Vital statistics of India. Vol. IV, Annual returns from 1871 to 1876. British Army of India, Native Army and jails of Bengal
Year: 1871
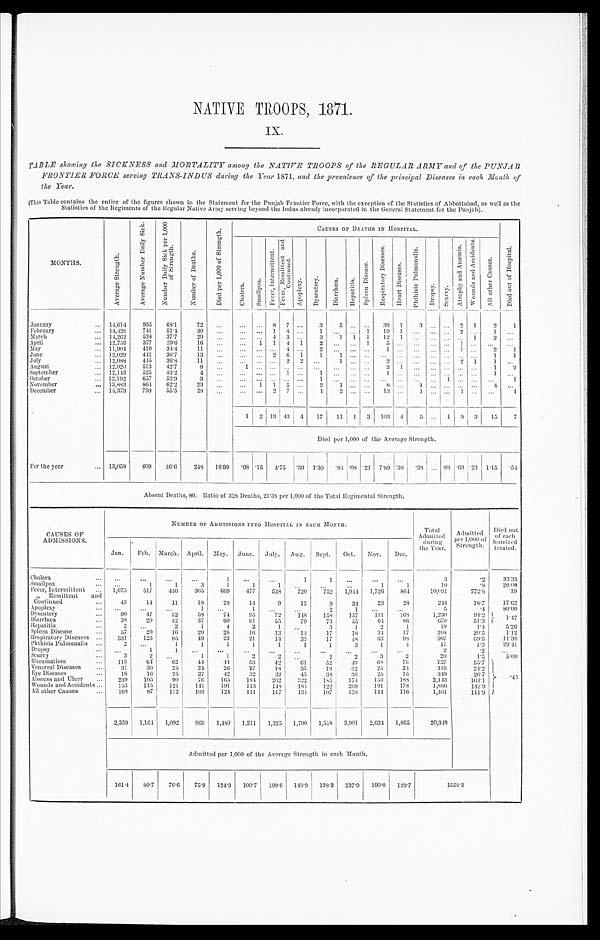
NATIVE TROOPS, 1871.
IX.
TABLE showing the SICKNESS and MORTALITY among the NATIVE TROOPS of the REGULAR ARMY and of the PUNJAB
FRONTIER FORCE serving TRANS-INDUS during the Year 1871, and the prevalence of the principal Diseases in each Month of
t he Year.
(This Table contains the entire of the figures shown in the Statement for the Punjab Frontier Force, with the exception of the Statistics of Abbottahad, as well as the
Statistics of the Regiments of the Regular Native Army serving beyond the Indus already incorporated in the General Statement for the Punjab).
MONTHS.
A v e r a g e S t r e n g t h .
A v e r a g e N u m b e r D a i l y S i c k .
N u m b e r D a i l y S i c k p e r 1 , 0 0 0 o f S t r e n g t h .
N u m b e r o f D e a t h s .
D i e d p e r 1 , 0 0 0 o f S t r e n g t h .
C A U S E S O F D E A T H S I N H O S P I T A L .
D i e d o u t o f H o s p i t a l .
C h o l e r a .
S m a l l p o x .
F e v e r , I n t e r m i t t e n t .
F e v e r , R e m i t t e n t a n d C o n t i n u e d .
A p o p l e x y .
D y s e n t e r y .
D i a r r h œ a . H e p a t i t i s .
S p l e e n D i s e a s e .
R e s p i r a t o r y D i s e a s e s . He a r t Di s e a s e s . P h t h i s i s P u l m o n a l i s .
D r o p s y . S c u r v y .
A t r o p h y a n d A n æ m i a . W o u n d s a n d A c c i d e n t s .
A l l o t h e r C a u s e s .
January
14, 614
995
68. 1
72
. . .
. . .
. . . 8 7
. . . 3 5 ... ... 39 1 3
. . . . . . 2 1 2 1
February
14, 426
741 51.4
30 ...
. . . ... 1 4 ... 1 . . . ... 1 19 1 ... . . . . . . 2 ...
1
. . .
March
14, 262
533 37.7
29
. . .
. . .
. . . 4 3
. . . 3 1 1 1 12 1 ... . . . . . . . . . 1
2
. . .
April
12,759 377 29.6
16
. . . . . . 1 1 4 1
2
. . .
... 1 5 ... ... . . . . . . 1 . . .
. . . . . .
May
11,904
410 34.4
11
. . . . . .
. . . . . . 4 . . .
2
. . .
... . . . 1 ... ... ... . . . 1 . . . 2 1
June
12,029 441 36.7
13 ... ...
. . . 2 6 1 1
1 ... . . .
. . . ... ... . . . . . . . . . . . . 1
1
July
12,088 445 36.8
11
. . . ... ... ... 2 2 ...
1 ... . . . 2 ... ...
. . . . . . 2 1
1
. . .
August
12,020 513 42.7
8 . . . 1 . . . . . . . . . . . . . . . ... . . . ... 3 1 . . .
. . . . . . . . . . . . 1 2
September
12, 143
525
43. 2
4
. . . ...
. . . ...
1 . . . 1 ... ... . . . 1 . . . ... . . . . . . . . . . . .
1
. . .
October
12,192 657 53.9
3
. . . . . . ... ... ... ... 1 ... ... . . . ... ... ... . . . 1 . . . . . .
. . . 1
November
13,883 864 62.2
23
. . . ... 1 1 5 ... 2 1 ... . . . 8 ... 1 ... ... . . . ... 4
. . .
December
14, 373
798 55.5
28
. . . . . . . . . 2 7 . . . 1 2 ... ... 13 ... 1
. . . . . . 1 . . .
. . .
1
1 2 19 43 4 17 11 1 3 103 4 5 ... 1 9 3 15 7
Died per 1,000 of the Average Strength.
For the year 13,058 609 46.6 248 18.99 .08 .15 4.75 .30 1.30
. 8 4 .08 .23 7.89 .30 . 38 ... . 0 8 .69 .23 1.15 .54
Absent Deaths, 80. Rat i o of 328 Deat hs , 21. 38 per 1, 000 of t he Tot al Regi ment al St r engt h.
CAUSES OF
ADMISSIONS.
NUMBER OF ADMISSIONS INTO HOSPITAL IN EACH MONTH.
T o t a l A d m i t t e d
during
the Year.
Admi t t ed per 1, 000 of
Strength.
Died out
of each
hundred
treated.
Jan. Feb. March. April. May. June. July. Aug. Sept. Oct. Nov. Dec.
Cholera
. . . ...
...
...
1
. . . ...
1
1
. . . . . .
. . .
3
.2 33.33
Smallpox
. . .
1
1
3
1
1
1
. . . ...
...
1
1
10
.8
20. 00
Fever, Intermittent 1,073 517 446 365 669 477 538 720 752 1,944 1,726 864
10,091
772.8
.19
" Remittent and
Continued
43
14
11
18
28
14
9
13
9
34
23
28
244
18.7
17. 62
Apoplexy
...
...
...
1
. . .
1
. . . . . .
2
1
. . .
. . .
5
.4
80. 00
Dysentery
90
47
52
58
74
95
72 148 158 157 111
1 6 8
1,230
94.2 1.47
Diarrhœa
38
20
42
37
60
61
55
79
73
55
6 4 86
6 7 0
51.3
Hepatitis
2
. . .
2
1
4
2
1 ...
3
1
2
1
19
1.4
5. 26
Spleen Disease
57
20
16
20
26
16
13
14
17
18
34
17
268
20.5
1.12
Respiratory Diseases
331 125
85
49
23
21
14
33
17
48
63
98
907
69.5
11. 36
Phthisis Pulmonalis
2
. . .
1
1
1
1
1
1
1
3
1
4
17
1. 3
29. 41
Dropsy
. . .
1
1 ...
...
...
. . .
. . .
. . .
. . .
...
...
2
. 2
. . .
Scurvy
3
2
. . .
1
1
2
2
. . .
2
2
3
2
20
1.5
5. 00
Rheumatism
113
6 4 62
44
44
53
42
61
52
49
68
75
727
55.7
. 4 5
Venereal Diseases
31
30
25
24
26
27
18
35
19
32
25
24
316
24.2
Eye Diseases
16
16
25
27
42
32
32
45
38
36
25
15
349
26.7
Abscess and Ulcer
239 105
90
76 165 184 262 322 185 174 153 188
2,143
164.1
Wounds and Accidents
153 115 121 141 191 113 148 184 122 209 191 178
1,866
142.9
All other Causes 168
87 112 103 124 111 117 134 107 138 144 116
1,461
111.9
2,359 1,164 1,092 969 1,480 1,211 1,325 1,790 1,558 2,901 2,634 1,865
20,348
Admitted per 1,000 of the Average Strength in each Month.
161.4 80.7 76.6 75.9 124.3 100.7 109.6 148.9 128.3 237.9 190.0 129.7
1 5 5 8 . 3